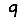
Digit: 9